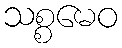
သစ္စမေဝ